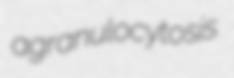
agranulocytosis